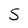
Character: S